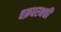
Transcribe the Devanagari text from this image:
चक्रधरभक्ती